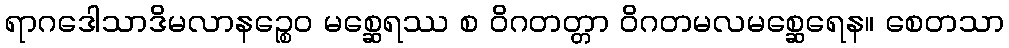
ရာဂဒေါသာဒိမလာနဉ္စေဝ မစ္ဆေရဿ စ ဝိဂတတ္တာ ဝိဂတမလမစ္ဆေရေန။ စေတသာ